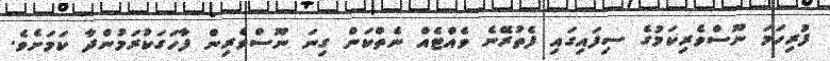
ފުރިހަމަ ނޫސްވެރިކަމުގެ ސިފައިގައި ފެތުރޭނެ ވެއްޓެއް ނެތްކަން ގިނަ ނޫސްވެރިން ފާހަގަކުރަމުންދާ ކަމަށެވެ.